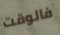
فالوقت